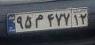
۹۵م۴۷۷۱۲